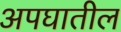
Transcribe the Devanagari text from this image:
अपघातील